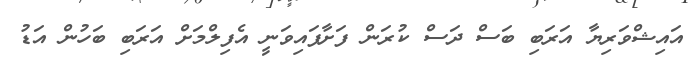
އައިޝްވަރިޔާ އަރަބި ބަސް ދަސް ކުރަން ފަށާފައިވަނީ އެފިލްމަށް އަރަބި ބަހުން އަޑު